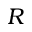
R